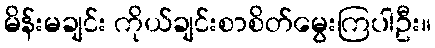
မိန်းမချင်း ကိုယ်ချင်းစာစိတ်မွေးကြပါဦး။